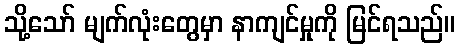
သို့သော် မျက်လုံးတွေမှာ နာကျင်မှုကို မြင်ရသည်။